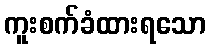
ကူးစက်ခံထားရသော